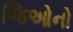
જિઓનો